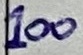
Text: 100